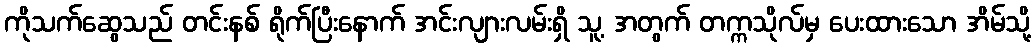
ကိုသက်ဆွေသည် တင်းနစ် ရိုက်ပြီးနောက် အင်းလျားလမ်းရှိ သူ့ အတွက် တက္ကသိုလ်မှ ပေးထားသော အိမ်သို့